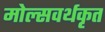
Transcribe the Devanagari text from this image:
मोल्सवर्थकृत